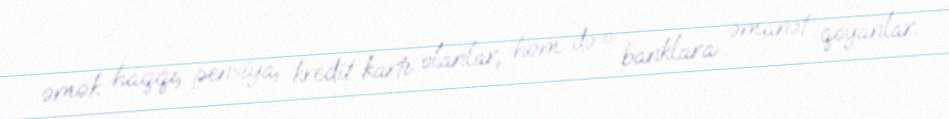
əmək haqqı, pensiya, kredit kartı olanlar, həm də o banklara əmanət qoyanlar.